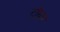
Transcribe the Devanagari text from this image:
टॉग्नम